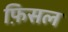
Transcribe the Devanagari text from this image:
फ़िसल